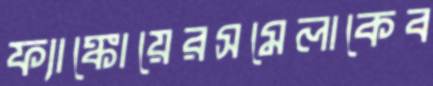
ফ্যাঙ্কোয়েরসমেলাকেব